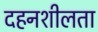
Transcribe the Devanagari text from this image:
दहनशीलता